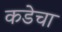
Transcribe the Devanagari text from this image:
कडेचा